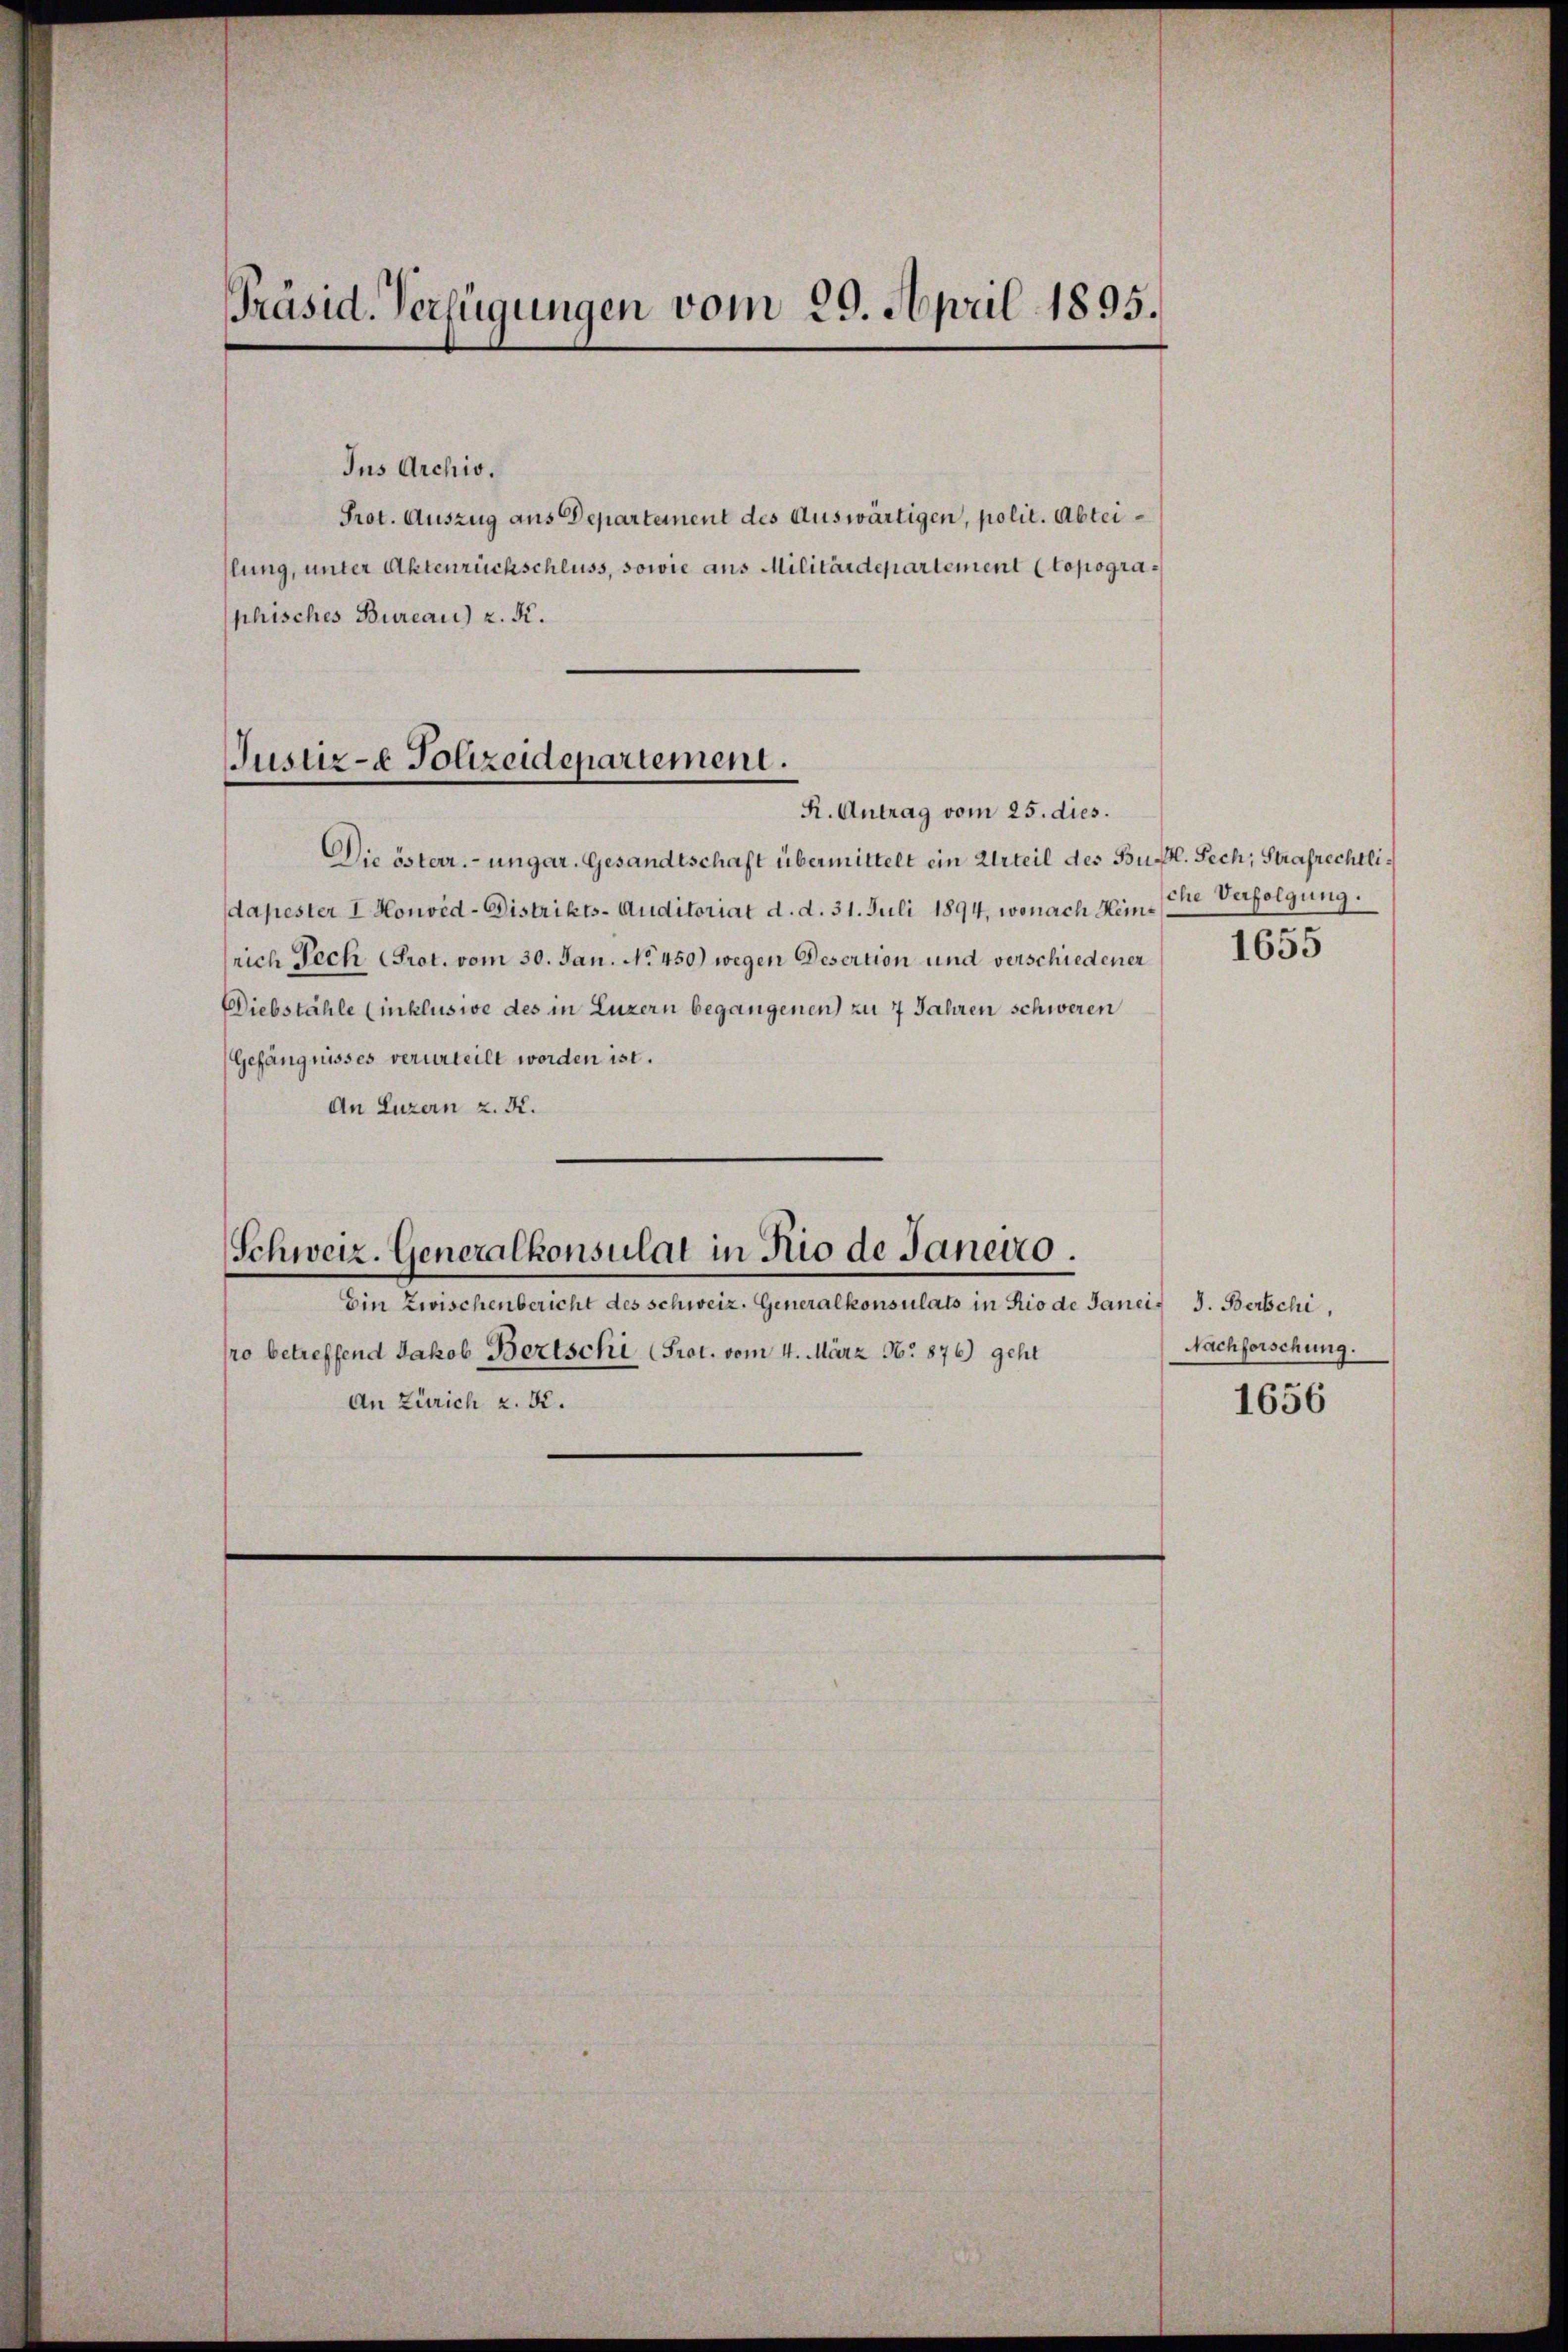
Präsid. Verfügungen vom 29. April 1895.

Ins Archio.
Prot. Auszug aus Departement des Auswärtigen, polit. Abteislung, unter Aktenrückschluss, sowie aus Militärdepartement (topographisches Bureau) z. K.

Justiz- & Polizeidepartement.
R. Antrag vom 25. dies.

Die österr.-ungar. Gesandtschaft übermittelt ein Urteil des Buch. Sech, Strafrechtlidapester I. Konvid-Distrikts-Auditoriat d. d. 31. Juli 1894, wonach Heinsrich Pech (Prot. vom 30. Jan. No. 450) wegen Desertion und verschiedener
Diebstähle (inklusive des in Luzern begangenen zu 7 Jahren schweren
Gefängnisses verurteilt worden ist.
An Luzern z. K.

Schweiz. Generalkonsulat in Rio de Janeiro.

Ein Zwischenbericht des schweiz. Generalkonsulats in Rio de Janei J. Berschi,
ro betreffend Jakob Bertschi, (Prot. vom 4. März No 876) geht
An Zürich z. B.

sche Verfolgung.

1655

Nachforschung.

1656